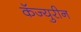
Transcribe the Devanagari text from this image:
कॅज्युरीन